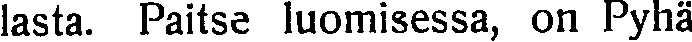
lasta. Paitse luomisessa, on Pyhä